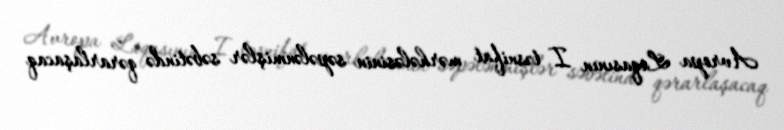
Avropa Liqasının I təsnifat mərhələsinin səpələnmişlər səbətində qərarlaşacaq